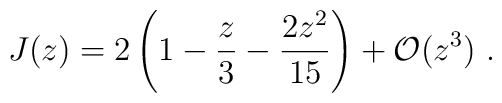
J(z) = 2 \left( 1 - \frac{z}{3} - \frac{2 z^{2}}{15} \right)       + {\cal O}(z^{3}) \ .